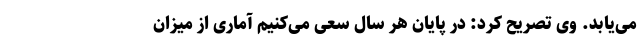
می‌یابد. وی تصریح کرد: در پایان هر سال سعی می‌کنیم آماری از میزان